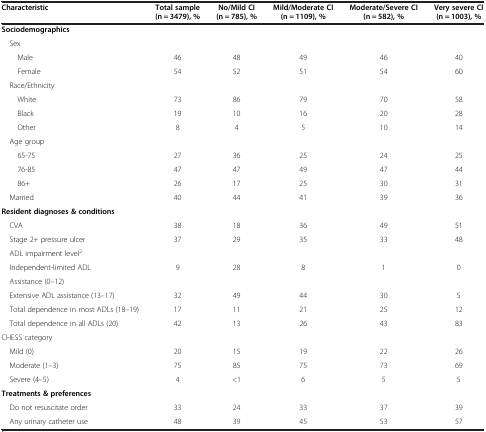
| Characteristic | Total sample (n = 3479), % | No/Mild CI (n = 785), % | Mild/Moderate CI (n = 1109), % | Moderate/Severe CI (n = 582), % | Very severe CI (n = 1003), % |
 | --- | --- | --- | --- | --- | --- |
 | Sociodemographics |  |  |  |  |  |
 | Sex |  |  |  |  |  |
 | Male | 46 | 48 | 49 | 46 | 40 |
 | Female | 54 | 52 | 51 | 54 | 60 |
 | Race/Ethnicity |  |  |  |  |  |
 | White | 73 | 86 | 79 | 70 | 58 |
 | Black | 19 | 10 | 16 | 20 | 28 |
 | Other | 8 | 4 | 5 | 10 | 14 |
 | Age group |  |  |  |  |  |
 | 65-75 | 27 | 36 | 25 | 24 | 25 |
 | 76-85 | 47 | 47 | 49 | 47 | 44 |
 | 86+ | 26 | 17 | 25 | 30 | 31 |
 | Married | 40 | 44 | 41 | 39 | 36 |
 | Resident diagnoses & conditions |  |  |  |  |  |
 | CVA | 38 | 18 | 36 | 49 | 51 |
 | Stage 2+ pressure ulcer | 37 | 29 | 35 | 33 | 48 |
 | ADL impairment level2 |  |  |  |  |  |
 | Independent-limited ADL | <ROWSPAN=2> 9 | <ROWSPAN=2> 28 | <ROWSPAN=2> 8 | <ROWSPAN=2> 1 | <ROWSPAN=2> 0 |
 | Assistance (0–12) |
 | Extensive ADL assistance (13–17) | 32 | 49 | 44 | 30 | 5 |
 | Total dependence in most ADLs (18–19) | 17 | 11 | 21 | 25 | 12 |
 | Total dependence in all ADLs (20) | 42 | 13 | 26 | 43 | 83 |
 | CHESS category |  |  |  |  |  |
 | Mild (0) | 20 | 15 | 19 | 22 | 26 |
 | Moderate (1–3) | 75 | 85 | 75 | 73 | 69 |
 | Severe (4–5) | 4 | <1 | 6 | 5 | 5 |
 | Treatments & preferences |  |  |  |  |  |
 | Do not resuscitate order | 33 | 24 | 33 | 37 | 39 |
 | Any urinary catheter use | 48 | 39 | 45 | 53 | 57 |